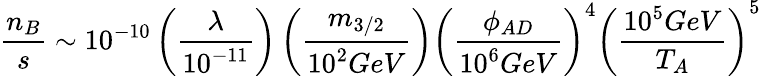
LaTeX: \frac{n_{B}}{s}\sim 10^{-10}\left(\frac{\lambda}{10^{-11}}\right)\left(\frac{m_{3/2}}{10^{2}GeV}\right)\left(\frac{\phi_{AD}}{10^{6}GeV}\right)^{4}\left(\frac{10^{5}GeV}{T_{A}}\right)^{5}